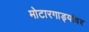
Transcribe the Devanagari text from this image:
मोटारगाड्यांवर